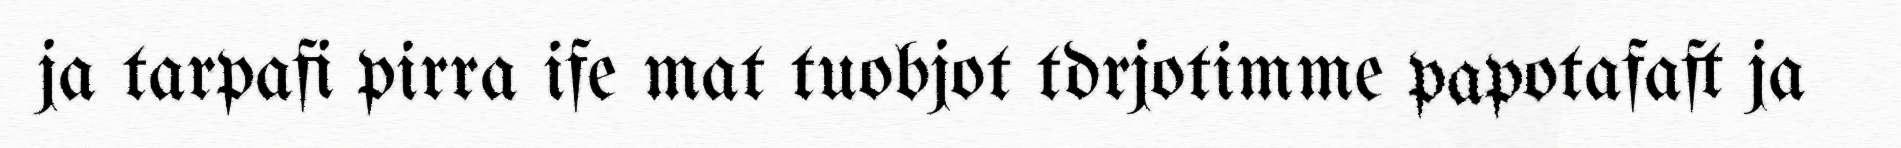
ja tarpafi pirra ife mat tuobjot tdrjotimme papotafaft ja